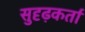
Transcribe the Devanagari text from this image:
सुदृढ़कर्ता